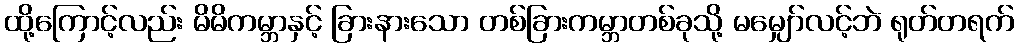
ထို့ကြောင့်လည်း မိမိကမ္ဘာနှင့် ခြားနားသော တစ်ခြားကမ္ဘာတစ်ခုသို့ မမျှော်လင့်ဘဲ ရုတ်တရက်